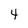
Character: 4